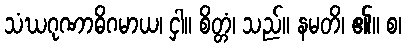
သံဃဂုဏာဓိဂမာယ၊ ငှါ။ စိတ္တံ၊ သည်။ နမတိ၊ ၏။ စ၊